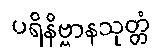
ပရိနိဗ္ဗာနသုတ္တံ